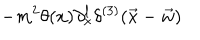
- m ^ { 2 } \theta ( x ) \partial _ { x } ^ { l } \delta ^ { ( 3 ) } ( \vec { x } - \vec { w } )